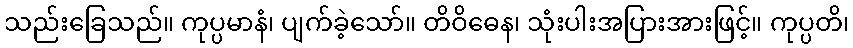
သည်းခြေသည်။ ကုပ္ပမာနံ၊ ပျက်ခဲ့သော်။ တိဝိဓေန၊ သုံးပါးအပြားအားဖြင့်။ ကုပ္ပတိ၊